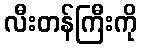
လီးတန်ကြီးကို